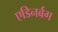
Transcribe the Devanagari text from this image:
एडिनर्बग